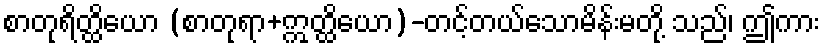
စာတုရိတ္ထိယော (စာတုရာ+ဣတ္ထိယော)-တင့်တယ်သောမိန်းမတို့ သည်၊ ဤကား